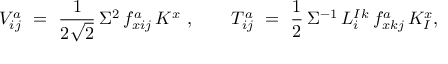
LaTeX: V _ { i j } ^ { a } \ = \ \frac { 1 } { 2 \sqrt 2 } \, \Sigma ^ { 2 } \, f _ { x i j } ^ { a } \, K ^ { x } ~ , \qquad T _ { i j } ^ { a } \ = \ \frac 1 2 \, \Sigma ^ { - 1 } \, L _ { i } ^ { I } { } ^ { k } \, f _ { x k j } ^ { a } \, K _ { I } ^ { x } ,